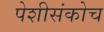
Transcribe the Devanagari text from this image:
पेशीसंकोच